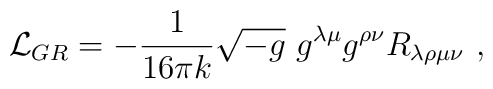
{\cal L}_{GR} = - \frac{1}{16 \pi k}\sqrt{-g}~ g^{\lambda \mu}g^{\rho \nu}R_{\lambda \rho \mu \nu}~,